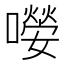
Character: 𡁊